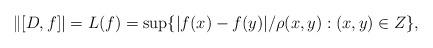
LaTeX: \begin{gather*}\|[D, f]|=L(f)=\sup\{|f(x)-f(y)|/\rho(x,y): (x,y) \in Z\},\end{gather*}